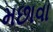
મછાવા